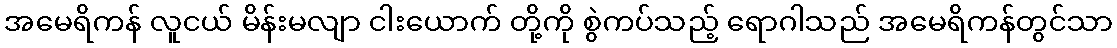
အမေရိကန် လူငယ် မိန်းမလျာ ငါးယောက် တို့ကို စွဲကပ်သည့် ရောဂါသည် အမေရိကန်တွင်သာ